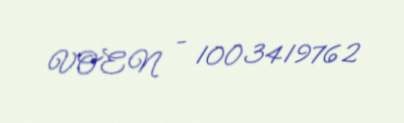
VOEN - 1003419762